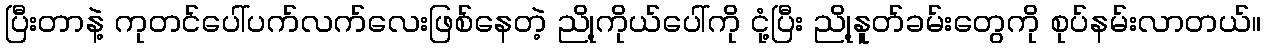
ပြီးတာနဲ့ ကုတင်ပေါ်ပက်လက်လေးဖြစ်နေတဲ့ ညို့ကိုယ်ပေါ်ကို ငုံ့ပြီး ညို့နူတ်ခမ်းတွေကို စုပ်နမ်းလာတယ်။